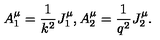
A _ { 1 } ^ { \mu } = \frac 1 { k ^ { 2 } } J _ { 1 } ^ { \mu } , A _ { 2 } ^ { \mu } = \frac 1 { q ^ { 2 } } J _ { 2 } ^ { \mu } .